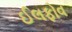
ઈલફોવ